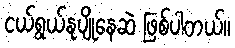
ငယ်ရွယ်နုပျိုနေဆဲ ဖြစ်ပါတယ်။